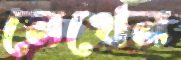
নেখেন